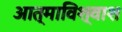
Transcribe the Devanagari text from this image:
आत्माविश्वाश